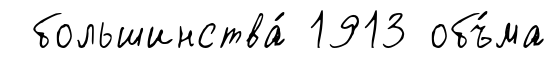
большинства́ 1913 объ́ма